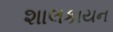
શાલકાયન